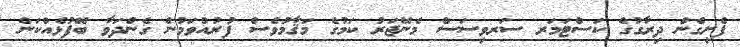
ފެށިގެން ދިރާގުގެ ކަސްޓަމަރ ސަރވިސަސް މެނޭޖަރު ކަމުގެ މަޤާމުވެސް ފުރުއްވަމުން ގެންދަވާ ބޭފުޅެއްކަން